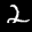
Label: 2